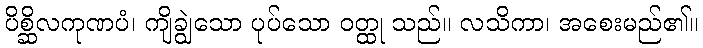
ပိစ္ဆိလကုဏပံ၊ ကျိချွဲသော ပုပ်သော ဝတ္ထု သည်။ လသိကာ၊ အစေးမည်၏။